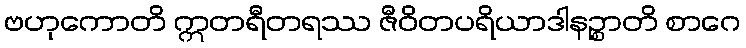
ဗဟုကောတိ ဣတရီတရဿ ဇီဝိတပရိယာဒါနဉ္စာတိ စာဂေ